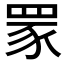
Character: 𦊽